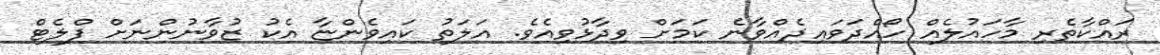
ރައްކާތެރި މާހައުލެއް ހޯއްދަވައިދެއްވާނެ ކަމަށް ވިދާޅުވިއެވެ. އަލަތު ކައިވެންޏާ އެކު ޒުވާނުންނަށް ފްލެޓް